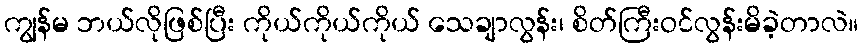
ကျွန်မ ဘယ်လိုဖြစ်ပြီး ကိုယ်ကိုယ်ကိုယ် သေချာလွန်း၊ စိတ်ကြီးဝင်လွန်းမိခဲ့တာလဲ။